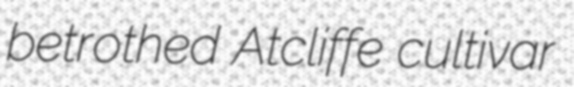
betrothed Atcliffe cultivar